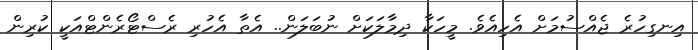
އިނގިހުރެ ޖެއްސުމަށް އެހިއެވެ. މީހަކާ ދިމާލަކަށް ނުބަލަން.. އެތާ އެހުރި ރެސްޓޯރެންޓްއަކީ ކުރިން